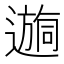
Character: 𫑉